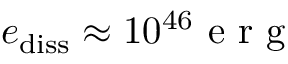
e _ { \mathrm { d i s s } } \approx 1 0 ^ { 4 6 } \mathrm { ~ e ~ r ~ g ~ }